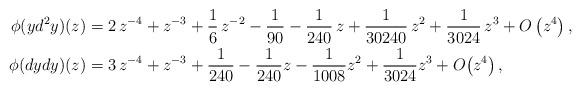
LaTeX: \begin{align*} \phi(yd^2y)(z)&= 2\,{z}^{-4}+{z}^{-3}+\frac{1}{6}\,{z}^{-2}-{\frac {1}{90}}-{\frac {1}{240}}\,z+{\frac {1}{30240}}\,{z}^{2}+{\frac {1}{3024}}\,{z}^{3}+O\left( {z}^{4} \right), \\\phi(dydy)(z)&=3\,{z}^{-4}+{z}^{-3}+{\frac {1}{240}}-{\frac {1}{240}}z-{\frac {1}{1008}}{z}^{2}+{\frac {1}{3024}}{z}^{3}+O\!\left( {z}^{4} \right),\end{align*}